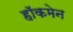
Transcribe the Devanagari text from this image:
हाॅकमेन